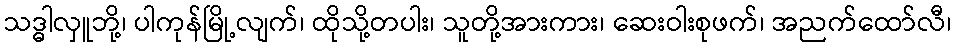
သဒ္ဓါလှူဘို့၊ ပါကုန်မြို့လျက်၊ ထိုသို့တပါး၊ သူတို့အားကား၊ ဆေးဝါးစုဖက်၊ အညက်ထော်လီ၊